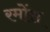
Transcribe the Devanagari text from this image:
रमोंस